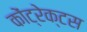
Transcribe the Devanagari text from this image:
कोंट्रेक्टस